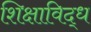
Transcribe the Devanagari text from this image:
शिक्षाविद्ध